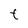
Character: F